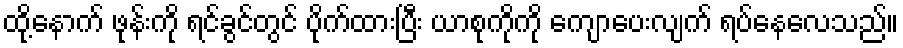
ထို့နောက် ဖုန်းကို ရင်ခွင်တွင် ပိုက်ထားပြီး ယာစုကိုကို ကျောပေးလျက် ရပ်နေလေသည်။